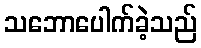
သဘောပေါက်ခဲ့သည်